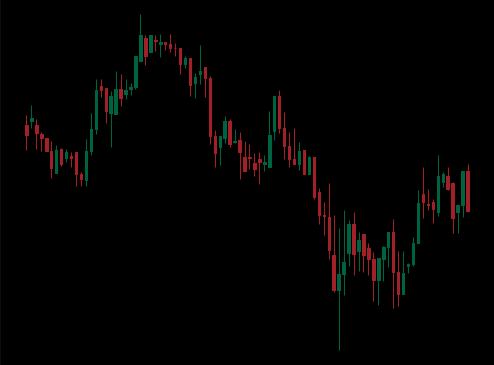
Pattern: unclassified